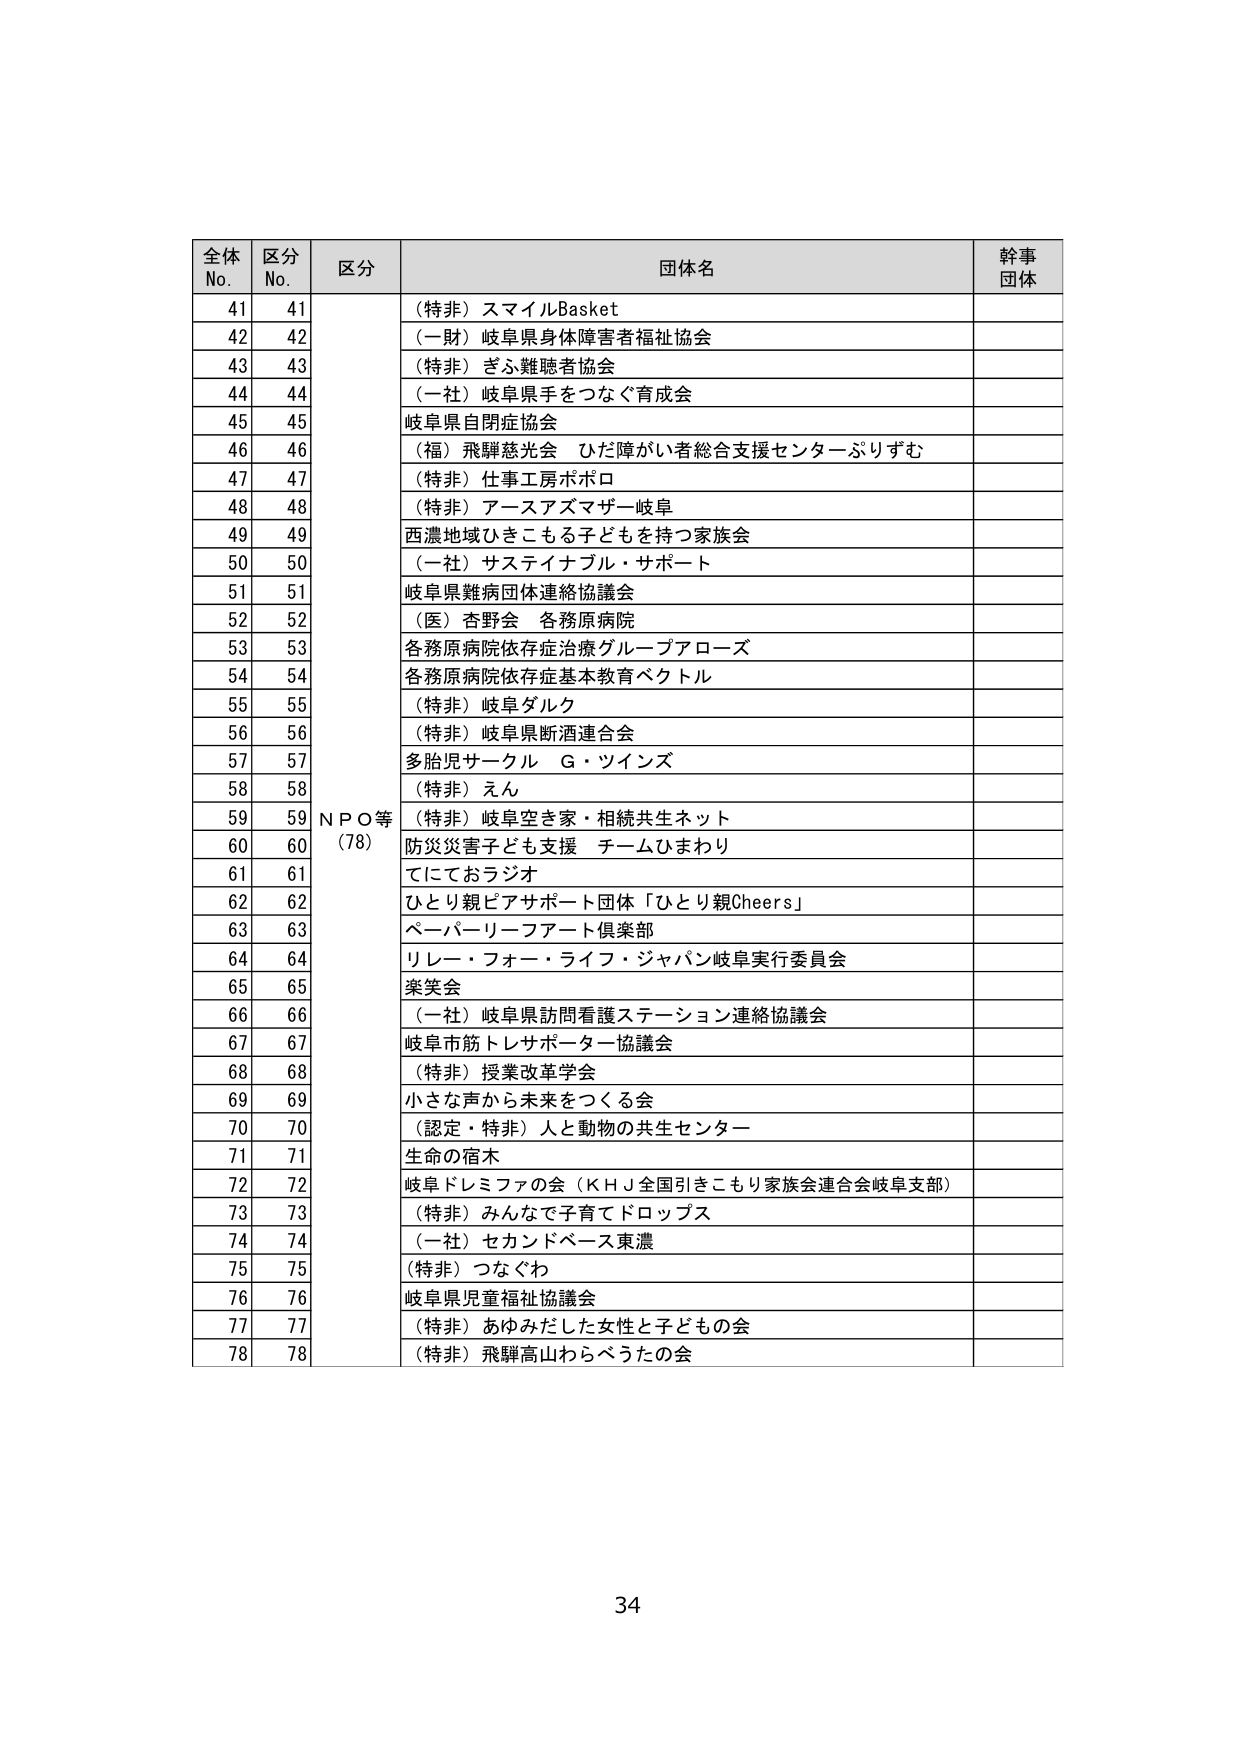
全体 No. 区分 No. 区分 団体名 幹事団体
41 41 （特非）スマイルBasket
42 42 （一財）岐阜県身体障害者福祉協会
43 43 （特非）ぎふ難聴者協会
44 44 （一社）岐阜県手をつなぐ育成会
45 45 岐阜県自閉症協会
46 46 （福）飛騨慈光会 ひだ障がい者総合支援センターぷりずむ
47 47 （特非）仕事工房ポポロ
48 48 （特非）アースアズマザー岐阜
49 49 西濃地域ひきこもる子どもを持つ家族会
50 50 （一社）サステイナブル・サポート
51 51 岐阜県難病団体連絡協議会
52 52 （医）杏野会 各務原病院
53 53 各務原病院依存症治療グループアローズ
54 54 各務原病院依存症基本教育ベクトル
55 55 （特非）岐阜ダルク
56 56 （特非）岐阜県断酒連合会
57 57 多胎児サークル G・ツインズ
58 58 （特非）えん
59 59 （特非）岐阜空き家・相続共生ネット
60 60 防災災害子ども支援 チームひまわり
61 61 てにておラジオ
62 62 ひとり親ピアサポート団体「ひとり親Cheers」
63 63 ペーパーリーフアート倶楽部
64 64 リレー・フォー・ライフ・ジャパン岐阜実行委員会
65 65 楽笑会
66 66 （一社）岐阜県訪問看護ステーション連絡協議会
67 67 岐阜市筋トレサポーター協議会
68 68 （特非）授業改革学会
69 69 小さな声から未来をつくる会
70 70 （認定・特非）人と動物の共生センター
71 71 生命の宿木
72 72 岐阜ドレミファの会（ＫＨＪ全国引きこもり家族会連合会岐阜支部）
73 73 （特非）みんなで子育てドロップス
74 74 （一社）セカンドベース東濃
75 75 （特非）つなぐわ
76 76 岐阜県児童福祉協議会
77 77 （特非）あゆみだした女性と子どもの会
78 78 （特非）飛騨高山わらべうたの会
NPO等（78）
34